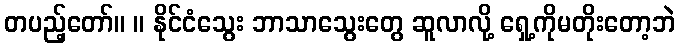
တပည့်တော်။ ။ နိုင်ငံသွေး ဘာသာသွေးတွေ ဆူလာလို့ ရှေ့ကိုမတိုးတော့ဘဲ